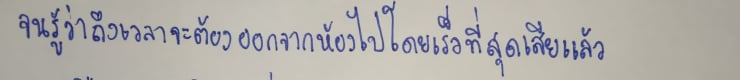
จนรู้ว่าถึงเวลาจะต้องออกจากห้องไปโดยเร็วที่สุดเสียแล้ว